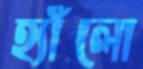
হ্যাঁলো